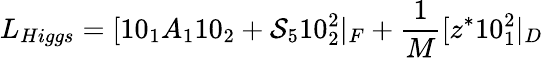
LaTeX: L_{Higgs}=[10_{1}A_{1}10_{2}+{\cal S}_{5}10_{2}^{2}|_{F}+{\frac{1}{M}}[z^{*}10_{1}^{2}|_{D}